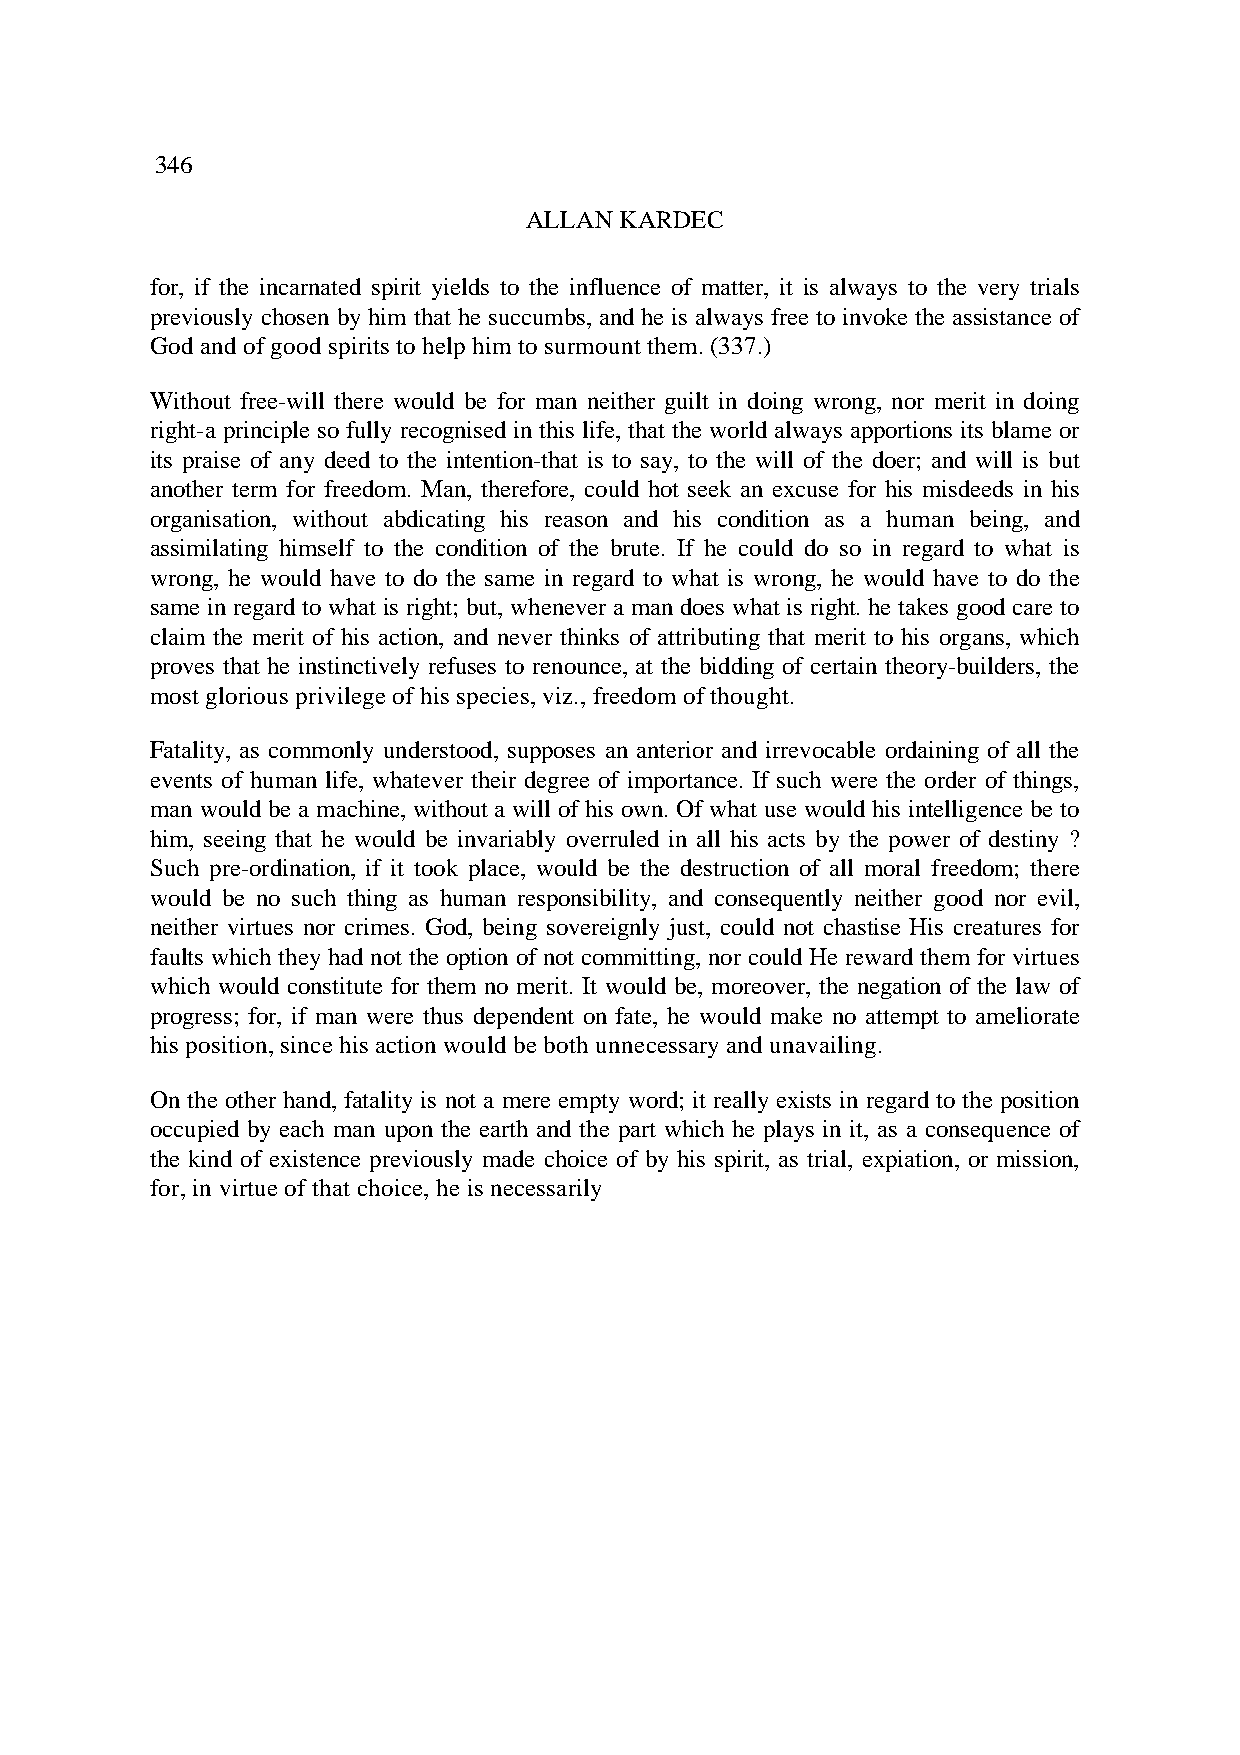
346
 ALLAN KARDEC
 for, if the incarnated spirit yields to the influence of matter, it is always to the very trials
 previously chosen by him that he succumbs, and he is always free to invoke the assistance of
 God and of good spirits to help him to surmount them. (337.)
 Without free-will there would be for man neither guilt in doing wrong, nor merit in doing
 right-a principle so fully recognised in this life, that the world always apportions its blame or
 its praise of any deed to the intention-that is to say, to the will of the doer; and will is but
 another term for freedom. Man, therefore, could hot seek an excuse for his misdeeds in his
 organisation, without abdicating his reason and his condition as a human being, and
 assimilating himself to the condition of the brute. If he could do so in regard to what is
 wrong, he would have to do the same in regard to what is wrong, he would have to do the
 same in regard to what is right; but, whenever a man does what is right. he takes good care to
 claim the merit of his action, and never thinks of attributing that merit to his organs, which
 proves that he instinctively refuses to renounce, at the bidding of certain theory-builders, the
 most glorious privilege of his species, viz., freedom of thought.
 Fatality, as commonly understood, supposes an anterior and irrevocable ordaining of all the
 events of human life, whatever their degree of importance. If such were the order of things,
 man would be a machine, without a will of his own. Of what use would his intelligence be to
 him, seeing that he would be invariably overruled in all his acts by the power of destiny ?
 Such pre-ordination, if it took place, would be the destruction of all moral freedom; there
 would be no such thing as human responsibility, and consequently neither good nor evil,
 neither virtues nor crimes. God, being sovereignly just, could not chastise His creatures for
 faults which they had not the option of not committing, nor could He reward them for virtues
 which would constitute for them no merit. It would be, moreover, the negation of the law of
 progress; for, if man were thus dependent on fate, he would make no attempt to ameliorate
 his position, since his action would be both unnecessary and unavailing.
 On the other hand, fatality is not a mere empty word; it really exists in regard to the position
 occupied by each man upon the earth and the part which he plays in it, as a consequence of
 the kind of existence previously made choice of by his spirit, as trial, expiation, or mission,
 for, in virtue of that choice, he is necessarily